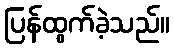
ပြန်ထွက်ခဲ့သည်။